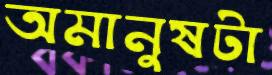
অমানুষটা